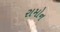
રામોન